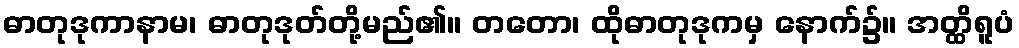
ဓာတုဒုကာနာမ၊ ဓာတုဒုတ်တို့မည်၏။ တတော၊ ထိုဓာတုဒုကမှ နောက်၌။ အတ္ထိရူပံ